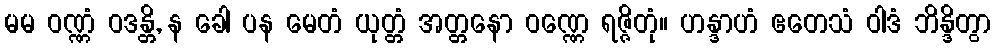
မမ ဝဏ္ဏံ ဝဒန္တိ, န ခေါ ပန မေတံ ယုတ္တံ အတ္တနော ဝဏ္ဏေ ရဇ္ဇိတုံ။ ဟန္ဒာဟံ ဧတေသံ ဝါဒံ ဘိန္ဒိတွာ